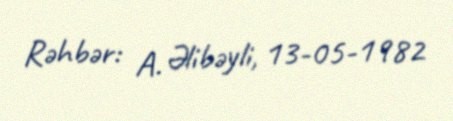
Rəhbər: A. Əlibəyli, 13-05-1982